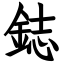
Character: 鋕